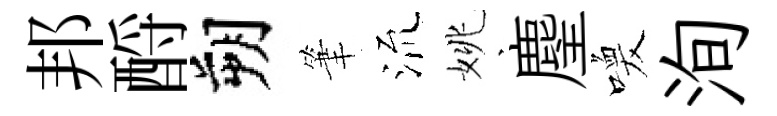
邦酹朔筆𣴑姚麈喚洵